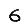
Digit: 6